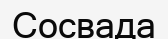
Сосвада